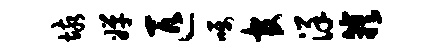
垓婵匹嘱官详簇